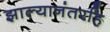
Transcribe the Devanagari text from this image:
झाल्यानंतरहि